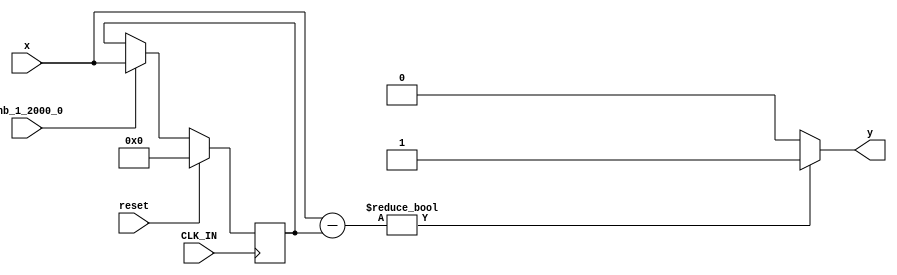
module controllerHdl_Detect_Change
          (
           CLK_IN,
           reset,
           enb_1_2000_0,
           x,
           y
          );


  input   CLK_IN;
  input   reset;
  input   enb_1_2000_0;
  input   signed [17:0] x;  // sfix18_En8
  output  y;


  reg signed [17:0] Delay_out1;  // sfix18_En8
  wire signed [18:0] Add_sub_cast;  // sfix19_En8
  wire signed [18:0] Add_sub_cast_1;  // sfix19_En8
  wire signed [18:0] Add_out1;  // sfix19_En8
  wire Compare_To_Zero2_out1;


  // <S30>/Delay
  always @(posedge CLK_IN)
    begin : Delay_process
      if (reset == 1'b1) begin
        Delay_out1 <= 18'sb000000000000000000;
      end
      else if (enb_1_2000_0) begin
        Delay_out1 <= x;
      end
    end



  // <S30>/Add
  assign Add_sub_cast = x;
  assign Add_sub_cast_1 = Delay_out1;
  assign Add_out1 = Add_sub_cast - Add_sub_cast_1;



  // <S30>/Compare To Zero2
  assign Compare_To_Zero2_out1 = (Add_out1 != 19'sb0000000000000000000 ? 1'b1 :
              1'b0);



  assign y = Compare_To_Zero2_out1;

endmodule